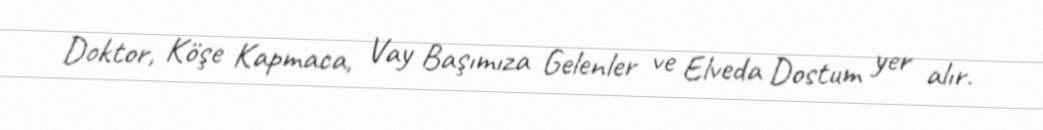
Doktor, Köşe Kapmaca, Vay Başımıza Gelenler ve Elveda Dostum yer alır.